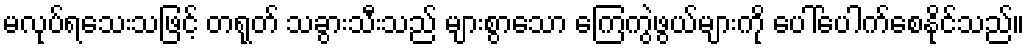
မလုပ်ရသေးသဖြင့် တရုတ် သခွားသီးသည် များစွာသော ကြေကွဲဖွယ်များကို ပေါ်ပေါက်စေနိုင်သည်။